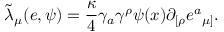
{ \tilde { \lambda } } _ { \mu } ( e , \psi ) = { \frac { \kappa } { 4 } } \gamma _ { a } \gamma ^ { \rho } \psi ( x ) \partial _ { [ \rho } e { ^ a } _ { \mu ] } .